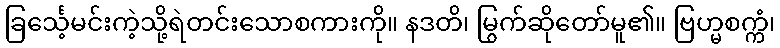
ခြင်္သေ့မင်းကဲ့သို့ရဲတင်းသောစကားကို။ နဒတိ၊ မြွက်ဆိုတော်မူ၏။ ဗြဟ္မစက္ကံ၊